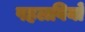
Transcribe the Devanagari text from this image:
पहलवियों